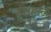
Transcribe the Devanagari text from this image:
सेलहस्ट